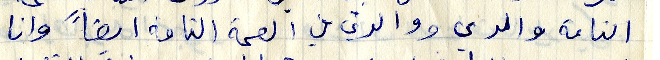
التامة والدي ووالدتي في الصحة التامة ايضاً وان